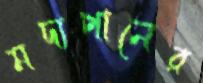
মদ্যপানের